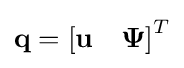
\mathbf {q} =\left[\mathbf {u} \quad \mathbf {\Psi } \right]^{T}